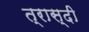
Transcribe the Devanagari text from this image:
त्रास्दी